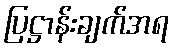
ပြဋ္ဌာန်းချက်အရ